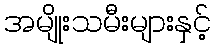
အမျိုးသမီးများနှင့်